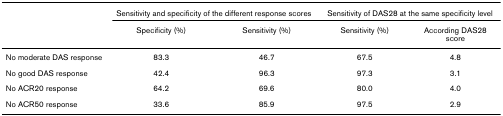
<table><thead><tr><td></td><td colspan="2"><b>Sensitivity and specificity of the different response scores</b></td><td colspan="2"><b>Sensitivity of DAS28 at the same specificity level</b></td></tr><tr><td></td><td><b>Specificity (%)</b></td><td><b>Sensitivity (%)</b></td><td><b>Sensitivity (%)</b></td><td><b>According DAS28 score</b></td></tr></thead><tbody><tr><td>No moderate DAS response</td><td>83.3</td><td>46.7</td><td>67.5</td><td>4.8</td></tr><tr><td>No good DAS response</td><td>42.4</td><td>96.3</td><td>97.3</td><td>3.1</td></tr><tr><td>No ACR20 response</td><td>64.2</td><td>69.6</td><td>80.0</td><td>4.0</td></tr><tr><td>No ACR50 response</td><td>33.6</td><td>85.9</td><td>97.5</td><td>2.9</td></tr></tbody></table>